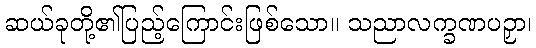
ဆယ်ခုတို့၏ပြည့်ကြောင်းဖြစ်သော။ သညာလက္ခဏပဉှာ၊